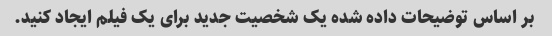
بر اساس توضیحات داده شده یک شخصیت جدید برای یک فیلم ایجاد کنید.